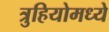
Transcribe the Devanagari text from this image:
त्रुहियोमध्ये